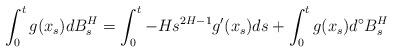
LaTeX: \begin{align*}\int_0^tg(x_s)dB^H_s=\int_0^t-Hs^{2H-1}g^{\prime}(x_s)ds+\int_0^tg(x_s)d^{\circ}B_s^H\end{align*}